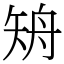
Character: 矪